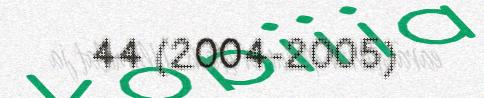
44 (2004-2005)